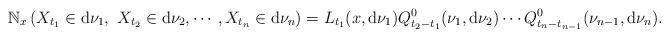
LaTeX: \begin{align*} \mathbb{N}_{x}\left(X_{t_{1}}\in {\rm d}\nu_{1},\ X_{t_{2}}\in {\rm d}\nu_{2},\cdots, X_{t_{n}}\in {\rm d}\nu_{n}\right) =L_{t_{1}}(x,{\rm d}\nu_{1})Q^{0}_{t_{2}-t_{1}}(\nu_{1},{\rm d}\nu_{2})\cdots Q^{0}_{t_{n}-t_{n-1}}(\nu_{n-1},{\rm d}\nu_{n}). \end{align*}